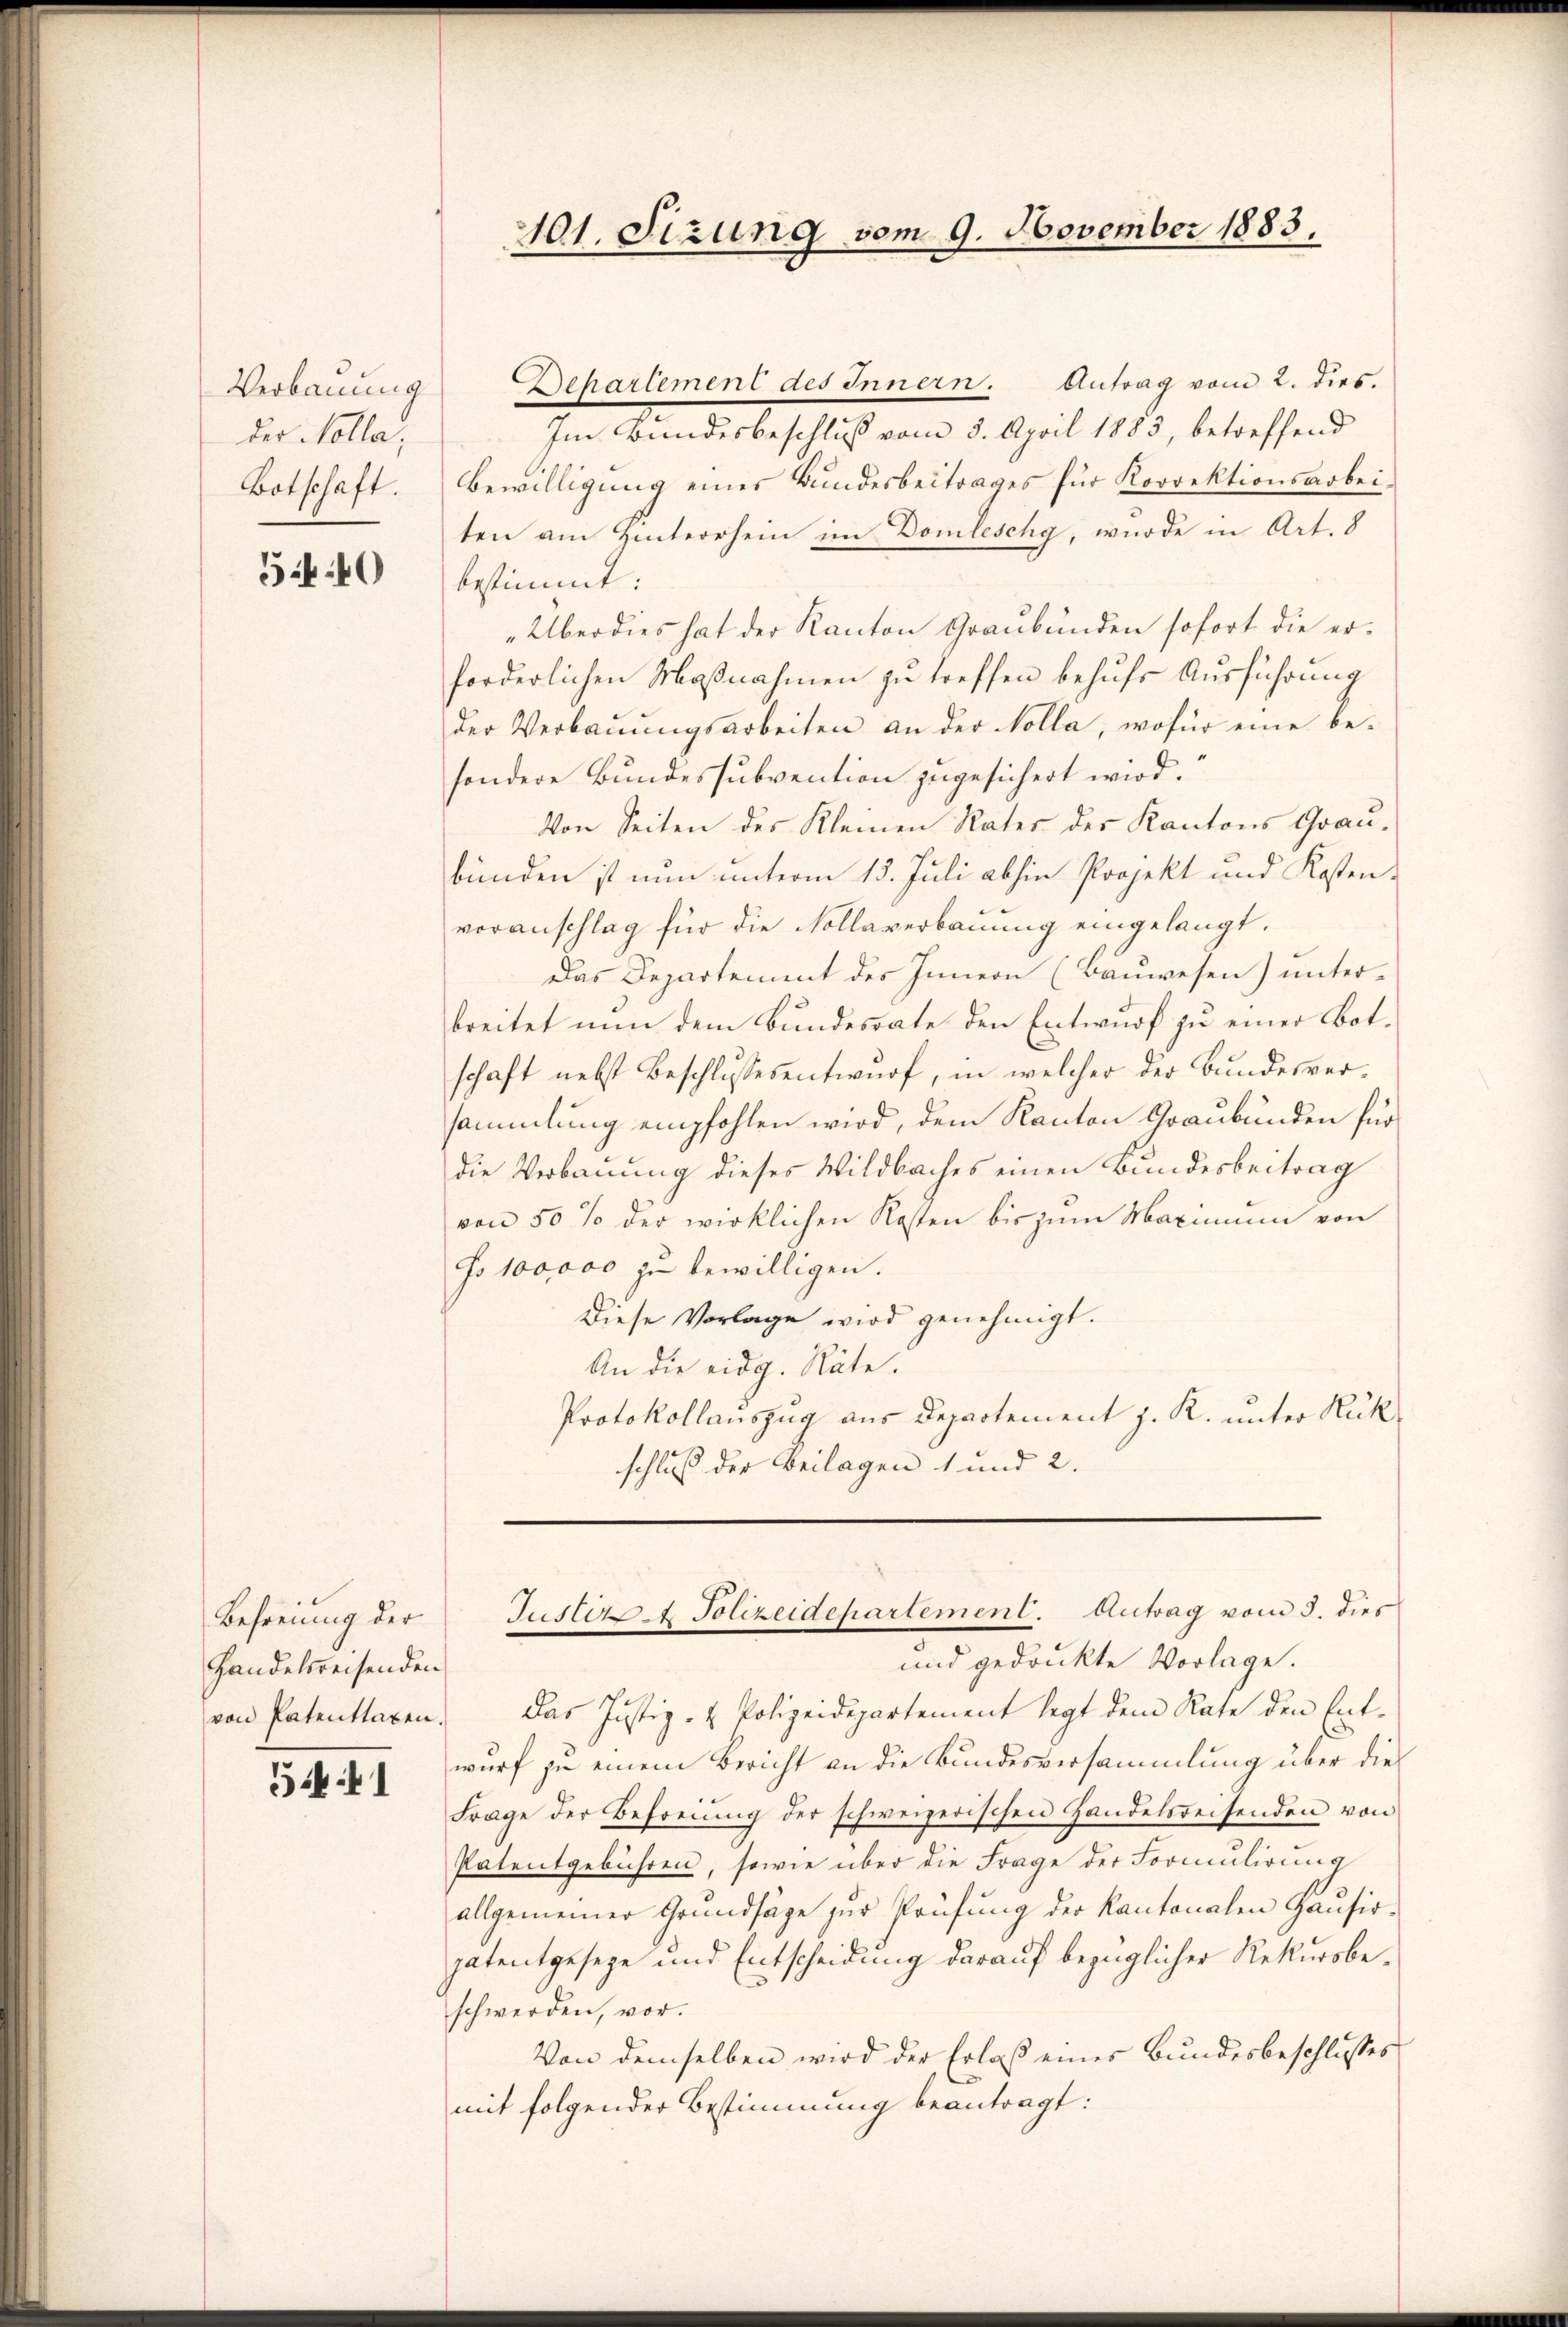
Verbauung
der Nolla,
Botschaft.

5440

Befreiung der
Handelsreisenden
von Patenttaxen.

541

Behartement des Innern. Antrag vom 2. dies.
Im Bundesbeschluß vom 3. April 1883, betreffend
Bewilligung eines Bundesbeitrages für Korrektionsarbei
ten am Hinterrhein im Domleschy, wurde in Art. 8
bestimmt:
„Überdies hat der Kanton Graubünden sofort die erforderlichen Maßnahmen zu treffen behufs Ausführung
der Verbauungsarbeiten an der Kolla, wofür eine be-
sondere Bundessubvention zugesichert wird.
Von Seiten des Kleinen Rates des Kantons Grau-
bünden ist nun unterm 13. Juli abhin Projekt und Kostenvoranschlag für die Kollaverbaŭŭng eingelangt.
Das Departement des Innern (Bauwesen) unter-
breitet nun dem Bundesrate den Entwurf zu einer Botschaft nebst Beschlussesentwurf, in welcher der Bundesversammlung empfohlen wird, dem Kanton Graubünden für
die Verbauung dieses Wildbaches einen Bundesbeitrag
von 50 % der wirklichen Kosten bis zum Maximum von
ss 100,000 zu bewilligen.
Diese Vorlage wird genehmigt.
An die eidg. Räte.
Protokollauszug aus Departement z. R. unter Rückschluß der Beilagen 1 und 2.

401. Sizung vom 9. November 1883.

und gedruckte Vorlage.
Das Justiz- & Polizeidepartement legt dem Rate den Ent-
wurf zu einem Bericht an die Bundesversammlung über die
Frage der Befreiung der schweizerischen Handelsreisenden von
Patentgebühren, sowie über die Frage der Formulienung
allgemeiner Grundsäge zur Prüfung der Kantonalen Gansiopatentgeseze und Entscheidung darauf bezüglicher Rekursbeschwerden, vor.
Von demselben wird der Erlaß einer Bundesbeschlusses
mit folgender Bestimmung beantragt:

Justiz & Polizeidepartement. Antrag vom 3. dies